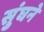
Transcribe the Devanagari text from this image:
सुंघने